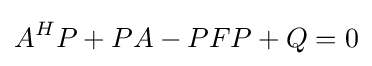
A^{H}P+PA-PFP+Q=0